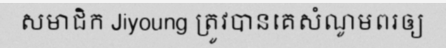
សមាជិក Jiyoung ត្រូវបានគេសំណូមពរឲ្យ